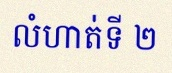
លំហាត់ទី ២